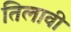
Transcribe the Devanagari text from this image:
तिलावी